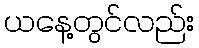
ယနေ့တွင်လည်း